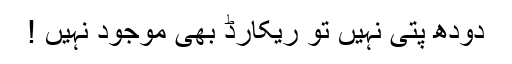
دودھ پتی نہیں تو ریکارڈ بھی موجود نہیں !